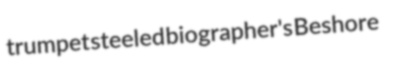
trumpet steeled biographer's Beshore